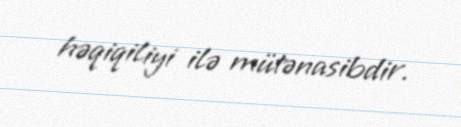
həqiqiliyi ilə mütənasibdir.